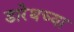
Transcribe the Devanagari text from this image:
डारेथच्या